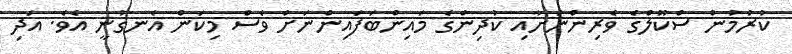
ކުރުމުން ސްކޫލްގެ ވެރިންނަށާއި ކުދިންގެ މައިންބަފައިންނަށް ވެސް މިކަން އެނގުނީ އެވެ. އަދި